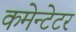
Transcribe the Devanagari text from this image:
कमेन्टेटर